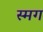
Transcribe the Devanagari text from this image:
स्मग